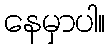
နေမှာပါ။